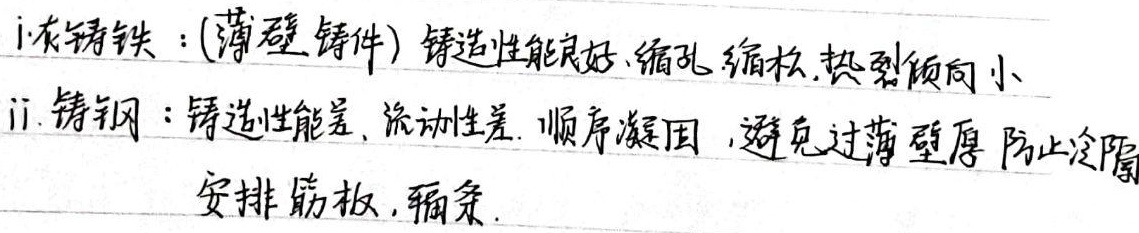
i. 灰铸铁：(薄壁铸件) 铸造性能良好，缩孔缩松，热裂倾向小
ii. 铸钢：铸造性能差， 流动性差。顺序凝固 ，避免过薄壁厚 ，防止冷隔，安排筋板， 辐条。